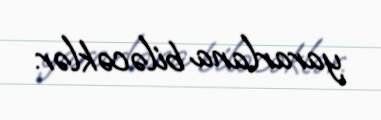
yararlana biləcəklər.